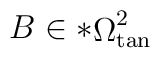
B \in \ast {\mathop {\Omega} \nolimits_{\tan} ^{2}}